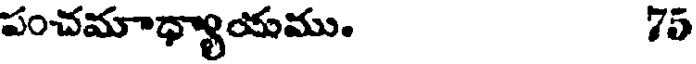
పంచమాధ్యాయము. 75